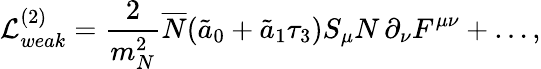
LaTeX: {\cal L}_{weak}^{(2)}=\frac{2}{m_{N}^{2}}\overline{{{N}}}(\tilde{a}_{0}+\tilde{a}_{1}\tau_{3})S_{\mu}N\, \partial_{\nu}F^{\mu\nu}+\ldots,